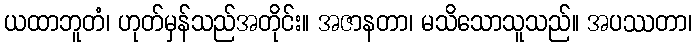
ယထာဘူတံ၊ ဟုတ်မှန်သည်အတိုင်း။ အဇာနတာ၊ မသိသောသူသည်။ အပဿတာ၊